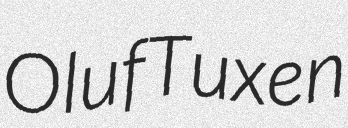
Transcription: Oluf Tuxen